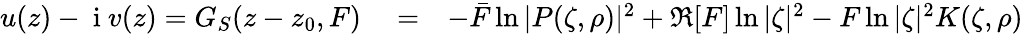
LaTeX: \begin{array}{rlr}{u(z)-\mathrm{~i~}v(z)=G_{S}(z-z_{0},F)}&{{}=}&{-\bar{F}\ln|P(\zeta,\rho)|^{2}+\Re[F]\ln|\zeta|^{2}-F\ln|\zeta|^{2}K(\zeta,\rho)}\end{array}